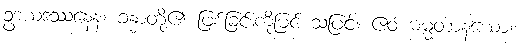
ဥဒယဒဿနေန၊ ခန္ဓာတို့၏ ဖြစ်ခြင်းကိုမြင် သဖြင့်။ ဧဝံ ဓမ္မတာနယော၊